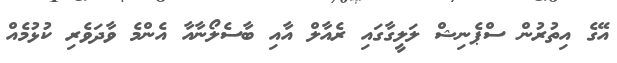
އޭގެ އިތުރުން ސްޕެނިޝް ލަލީގާގައި ރެއާލް އާއި ބާސެލޯނާއާ އެންމެ ވާދަވެރި ކުޅުމެއް